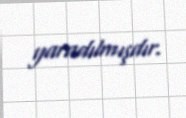
yaradılmışdır.